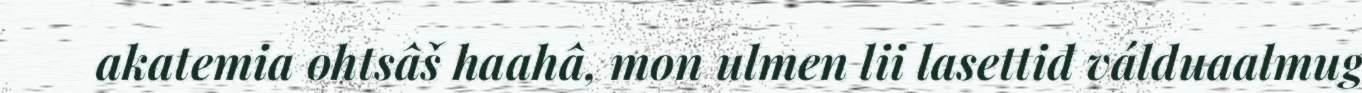
akatemia ohtsâš haahâ, mon ulmen lii lasettiđ válduaalmug